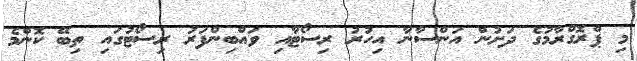
މި ޕްރޮގްރާމުގެ ދަށުން އަންސާނާ އިހުރު ރިސޯޓާއި ވައްބިންފަރު ރިސޯޓުގައި ތިބޭ ކޮންމެ